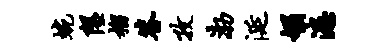
蜿隰榴答孜渤涎媚漶